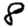
Digit: 8